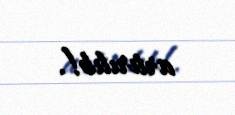
artırılıb!.